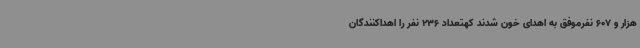
هزار و 607 نفرموفق به اهدای خون شدند کهتعداد 236 نفر را اهداکنندگان